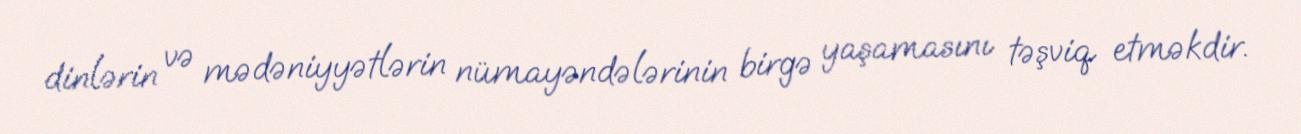
dinlərin və mədəniyyətlərin nümayəndələrinin birgə yaşamasını təşviq etməkdir.